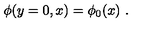
\phi ( y = 0 , x ) = \phi _ { 0 } ( x ) \ .